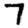
Digit: 7